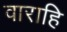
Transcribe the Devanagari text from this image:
वाराहि